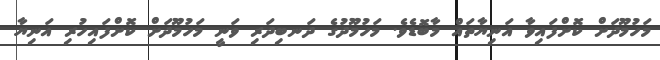
މަހުމޫދަށް ކޮށްފައިވާ އަނިޔާތައް މާބޮޑެވެ. މަހުމޫދުގެ ދަނބިދަރި ވަނީ މަހުމޫދަށް ކޮށްފައިހުރި އަނިޔާ